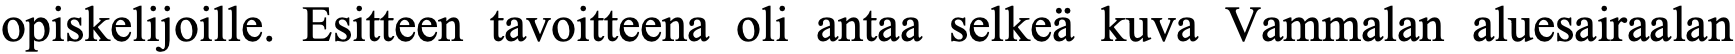
opiskelijoille. Esitteen tavoitteena oli antaa selkeä kuva Vammalan aluesairaalan